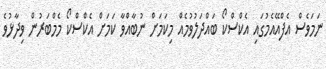
ނަމަވެސް އެފްއޭއެމުގައި އެކްސްކޯ ބައްދަލުވުމެއް މިކަމަށް ނުބާއްވާ ކަމަށް އެކްސްކޯ މެމްބަރުން ވިދާޅުވެ